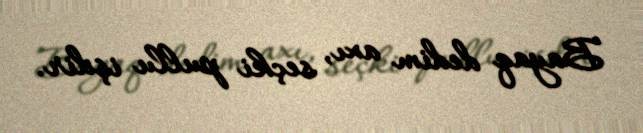
Bayaq dedim axı, seçki pullu işdir.